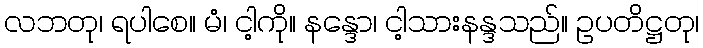
လဘတု၊ ရပါစေ။ မံ၊ ငါ့ကို။ နန္ဒော၊ ငါ့သားနန္ဒသည်။ ဥပတိဋ္ဌတု၊